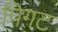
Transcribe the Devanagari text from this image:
पिगट